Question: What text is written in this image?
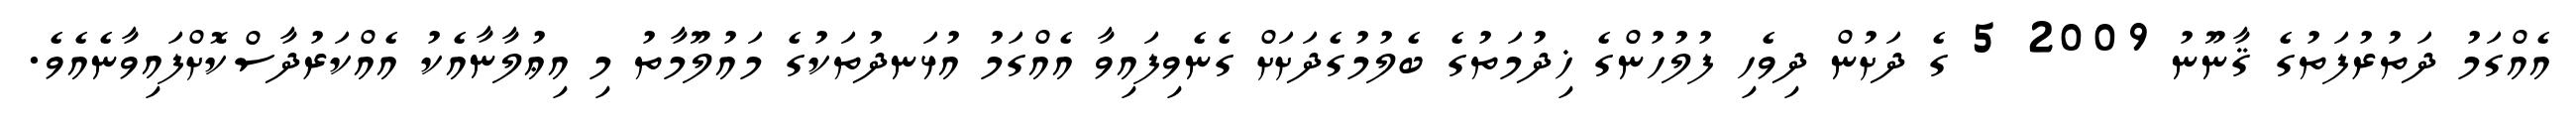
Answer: އެއްގަމު ދަތުރުފަތުގެ ޤާނޫނު 2009 5 ގެ ދަށުން ދިވެހި ފުލުހުންގެ ޚިދުމަތުގެ ބެލުމުގެދަށަށް ގެނެވިފައިވާ އެއްގަމު އުޅަނދުތަކުގެ މައުލޫމާތު މި އިޢުލާނާއެކު އެއްކަރުދާސްކޮށްފައިވާނެއެވެ.